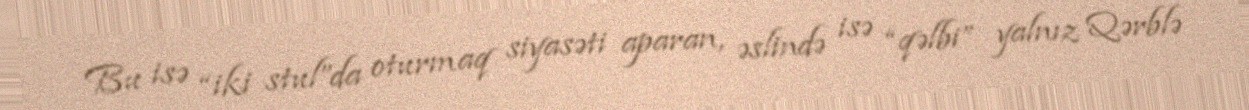
Bu isə “iki stul”da oturmaq siyasəti aparan, əslində isə “qəlbi” yalnız Qərblə